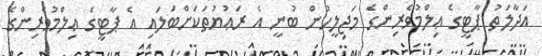
އަދާލަތު ޕާޓީގެ ޢިލްމުވެރިންގެ މަޖިލީހުން ބުނީ އެ ރަޢުޔުތަކަށްބަލައި އެ ޕާޓީގެ ޢިލްމުވެރިންގެ